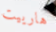
هارييت